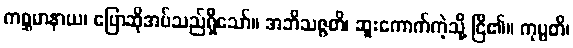
ကစ္ဆမာနာယ၊ ပြောဆိုအပ်သည်ရှိသော်။ အဘိသဇ္ဇတိ၊ ဆူးကောက်ကဲ့သို့ ငြိ၏။ ကုပ္ပတိ၊